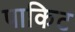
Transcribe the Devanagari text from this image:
पाकिट